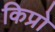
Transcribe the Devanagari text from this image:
किप्रो